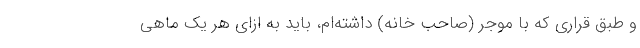
و طبق قراری که با موجر (صاحب خانه) داشته‌ام، باید به ازای هر یک ماهی